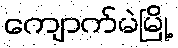
ကျောက်မဲမြို့